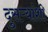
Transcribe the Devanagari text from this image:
दुसऱ्यांशी